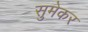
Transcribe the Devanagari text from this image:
सुमेकर